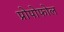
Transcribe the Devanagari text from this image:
प्रोपोफोल